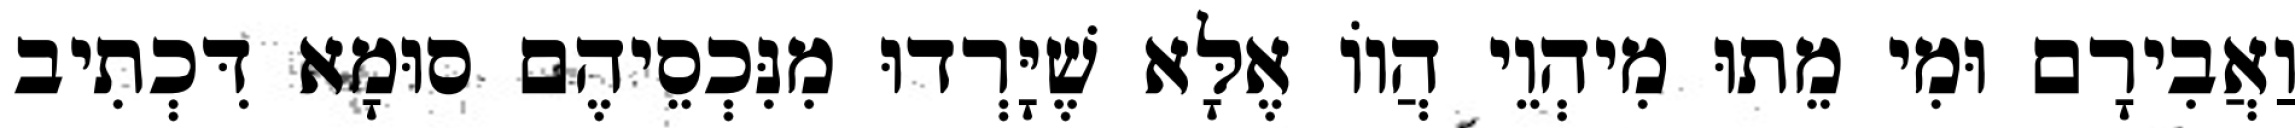
וַאֲבִירָם וּמִי מֵתוּ מִיהְוֵי הֲווֹ אֶלָּא שֶׁיָּרְדוּ מִנִּכְסֵיהֶם סוּמָא דִּכְתִיב